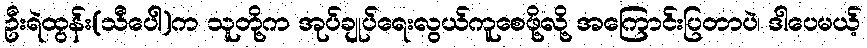
ဦးရဲထွန်း(သီပေါ)က သူတို့က အုပ်ချုပ်ရေးလွယ်ကူစေဖို့လို့ အကြောင်းပြတာပဲ၊ ဒါပေမယ့်